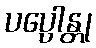
ပပ္ပေါန္တု